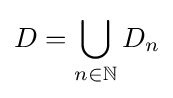
D=\bigcup _{n\in \mathbb {N} }D_{n}